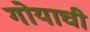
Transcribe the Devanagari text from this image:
गोयाची